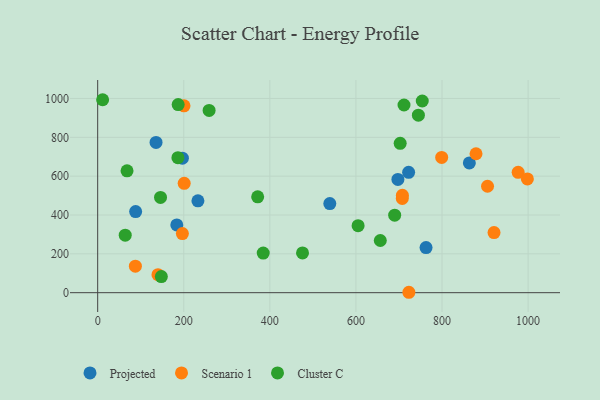
{"axis": {"x": "Distance", "y": "Sales"}, "legend": ["Cluster C", "Projected", "Scenario 1"], "data": [{"x": "722.4", "y": 620.0, "type": "Projected"}, {"x": "196.8", "y": 692.7, "type": "Projected"}, {"x": "135.6", "y": 773.8, "type": "Projected"}, {"x": "232.9", "y": 473.2, "type": "Projected"}, {"x": "697.5", "y": 583.1, "type": "Projected"}, {"x": "183.8", "y": 348.9, "type": "Projected"}, {"x": "539.3", "y": 459.1, "type": "Projected"}, {"x": "88.2", "y": 417.8, "type": "Projected"}, {"x": "762.9", "y": 232.4, "type": "Projected"}, {"x": "863.5", "y": 668.2, "type": "Projected"}, {"x": "201.0", "y": 563.1, "type": "Scenario 1"}, {"x": "905.7", "y": 548.1, "type": "Scenario 1"}, {"x": "707.7", "y": 485.2, "type": "Scenario 1"}, {"x": "196.8", "y": 304.2, "type": "Scenario 1"}, {"x": "976.9", "y": 620.0, "type": "Scenario 1"}, {"x": "140.1", "y": 92.6, "type": "Scenario 1"}, {"x": "879.0", "y": 715.5, "type": "Scenario 1"}, {"x": "707.9", "y": 501.5, "type": "Scenario 1"}, {"x": "920.8", "y": 309.6, "type": "Scenario 1"}, {"x": "998.3", "y": 585.9, "type": "Scenario 1"}, {"x": "723.0", "y": 2.1, "type": "Scenario 1"}, {"x": "799.2", "y": 696.6, "type": "Scenario 1"}, {"x": "87.6", "y": 136.7, "type": "Scenario 1"}, {"x": "200.6", "y": 962.2, "type": "Scenario 1"}, {"x": "11.5", "y": 993.6, "type": "Cluster C"}, {"x": "371.7", "y": 493.4, "type": "Cluster C"}, {"x": "147.9", "y": 82.8, "type": "Cluster C"}, {"x": "68.2", "y": 627.6, "type": "Cluster C"}, {"x": "187.0", "y": 968.8, "type": "Cluster C"}, {"x": "605.0", "y": 345.1, "type": "Cluster C"}, {"x": "146.0", "y": 490.7, "type": "Cluster C"}, {"x": "754.1", "y": 987.0, "type": "Cluster C"}, {"x": "690.0", "y": 398.9, "type": "Cluster C"}, {"x": "186.4", "y": 695.3, "type": "Cluster C"}, {"x": "745.1", "y": 914.0, "type": "Cluster C"}, {"x": "64.0", "y": 295.9, "type": "Cluster C"}, {"x": "384.6", "y": 204.2, "type": "Cluster C"}, {"x": "475.9", "y": 204.9, "type": "Cluster C"}, {"x": "711.7", "y": 966.4, "type": "Cluster C"}, {"x": "656.6", "y": 268.6, "type": "Cluster C"}, {"x": "258.9", "y": 938.4, "type": "Cluster C"}, {"x": "702.8", "y": 769.2, "type": "Cluster C"}]}